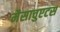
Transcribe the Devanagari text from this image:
मैसाचुएटस